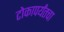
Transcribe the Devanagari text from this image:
टोकापर्यंतचा